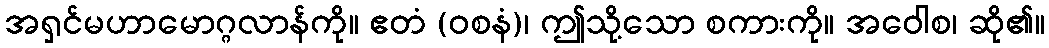
အရှင်မဟာမောဂ္ဂလာန်ကို။ ဧတံ (ဝစနံ)၊ ဤသို့သော စကားကို။ အဝေါစ၊ ဆို၏။